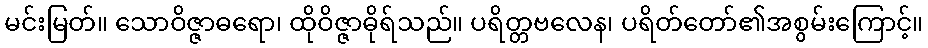
မင်းမြတ်။ သောဝိဇ္ဇာဓရော၊ ထိုဝိဇ္ဇာဓိုရ်သည်။ ပရိတ္တဗလေန၊ ပရိတ်တော်၏အစွမ်းကြောင့်။